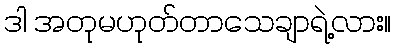
ဒါ အတုမဟုတ်တာသေချာရဲ့လား။